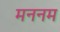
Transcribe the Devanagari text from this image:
मननम